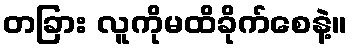
တခြား လူကိုမထိခိုက်စေနဲ့။